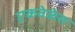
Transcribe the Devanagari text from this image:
एकवेळेस